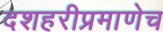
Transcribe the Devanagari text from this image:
दशहरीप्रमाणेच